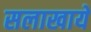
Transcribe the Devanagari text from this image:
सलाखायें